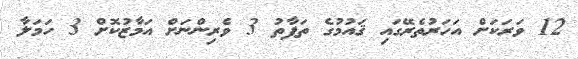
12 ވަރަކަށް އަހަރުތެރޭގައި ޤައުމުގެ ތަފާތު 3 ވެރިންނަށް އަމާޒުކޮށް 3 ހަމަލާ